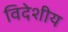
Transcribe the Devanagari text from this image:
विदेशीय